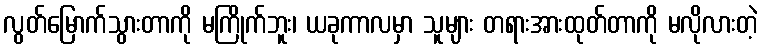
လွတ်မြောက်သွားတာကို မကြိုက်ဘူး၊ ယခုကာလမှာ သူများ တရားအားထုတ်တာကို မလိုလားတဲ့